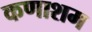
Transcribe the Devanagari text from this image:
कणाशम